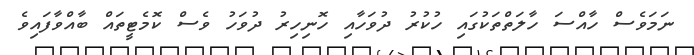
ނަމަވެސް ހާއްސަ ހާލަތްތަކުގައި ހުކުރު ދުވަހާއި ހޮނިހިރު ދުވަހު ވެސް ކޮމެޓީތައް ބާއްވާފައިވެ